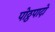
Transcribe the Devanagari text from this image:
पोठ्ठपादो